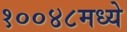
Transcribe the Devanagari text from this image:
१००४८मध्ये